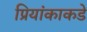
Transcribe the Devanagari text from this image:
प्रियांकाकडे